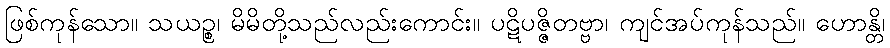
ဖြစ်ကုန်သော။ သယဉ္စ၊ မိမိတို့သည်လည်းကောင်း။ ပဋိပဇ္ဇိတဗ္ဗာ၊ ကျင်အပ်ကုန်သည်။ ဟောန္တိ၊